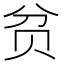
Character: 贫